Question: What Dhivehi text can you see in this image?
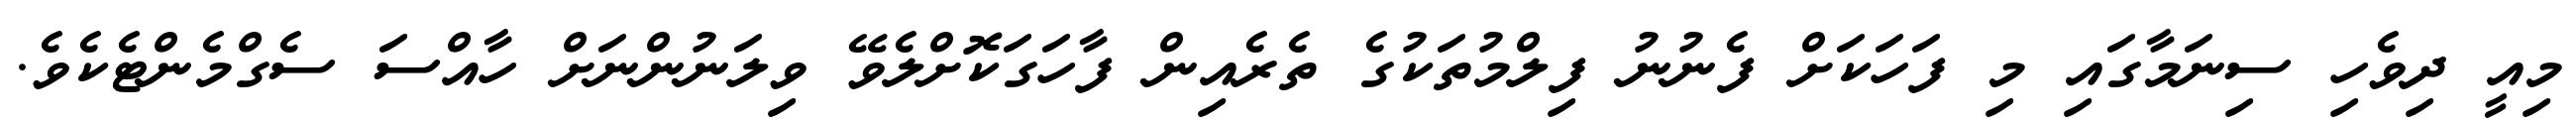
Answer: މިއީ ދިވެހި ސިނަމާގައި މި ފަހަކަށް ފެނުނު ފިލްމުތަކުގެ ތެރެއިން ފާހަގަކޮށްލެވޭ ވިލަނުންނަށް ހާއްސަ ސެގްމެންޓެކެވެ.